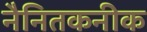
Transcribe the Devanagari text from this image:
नैनितकनीक